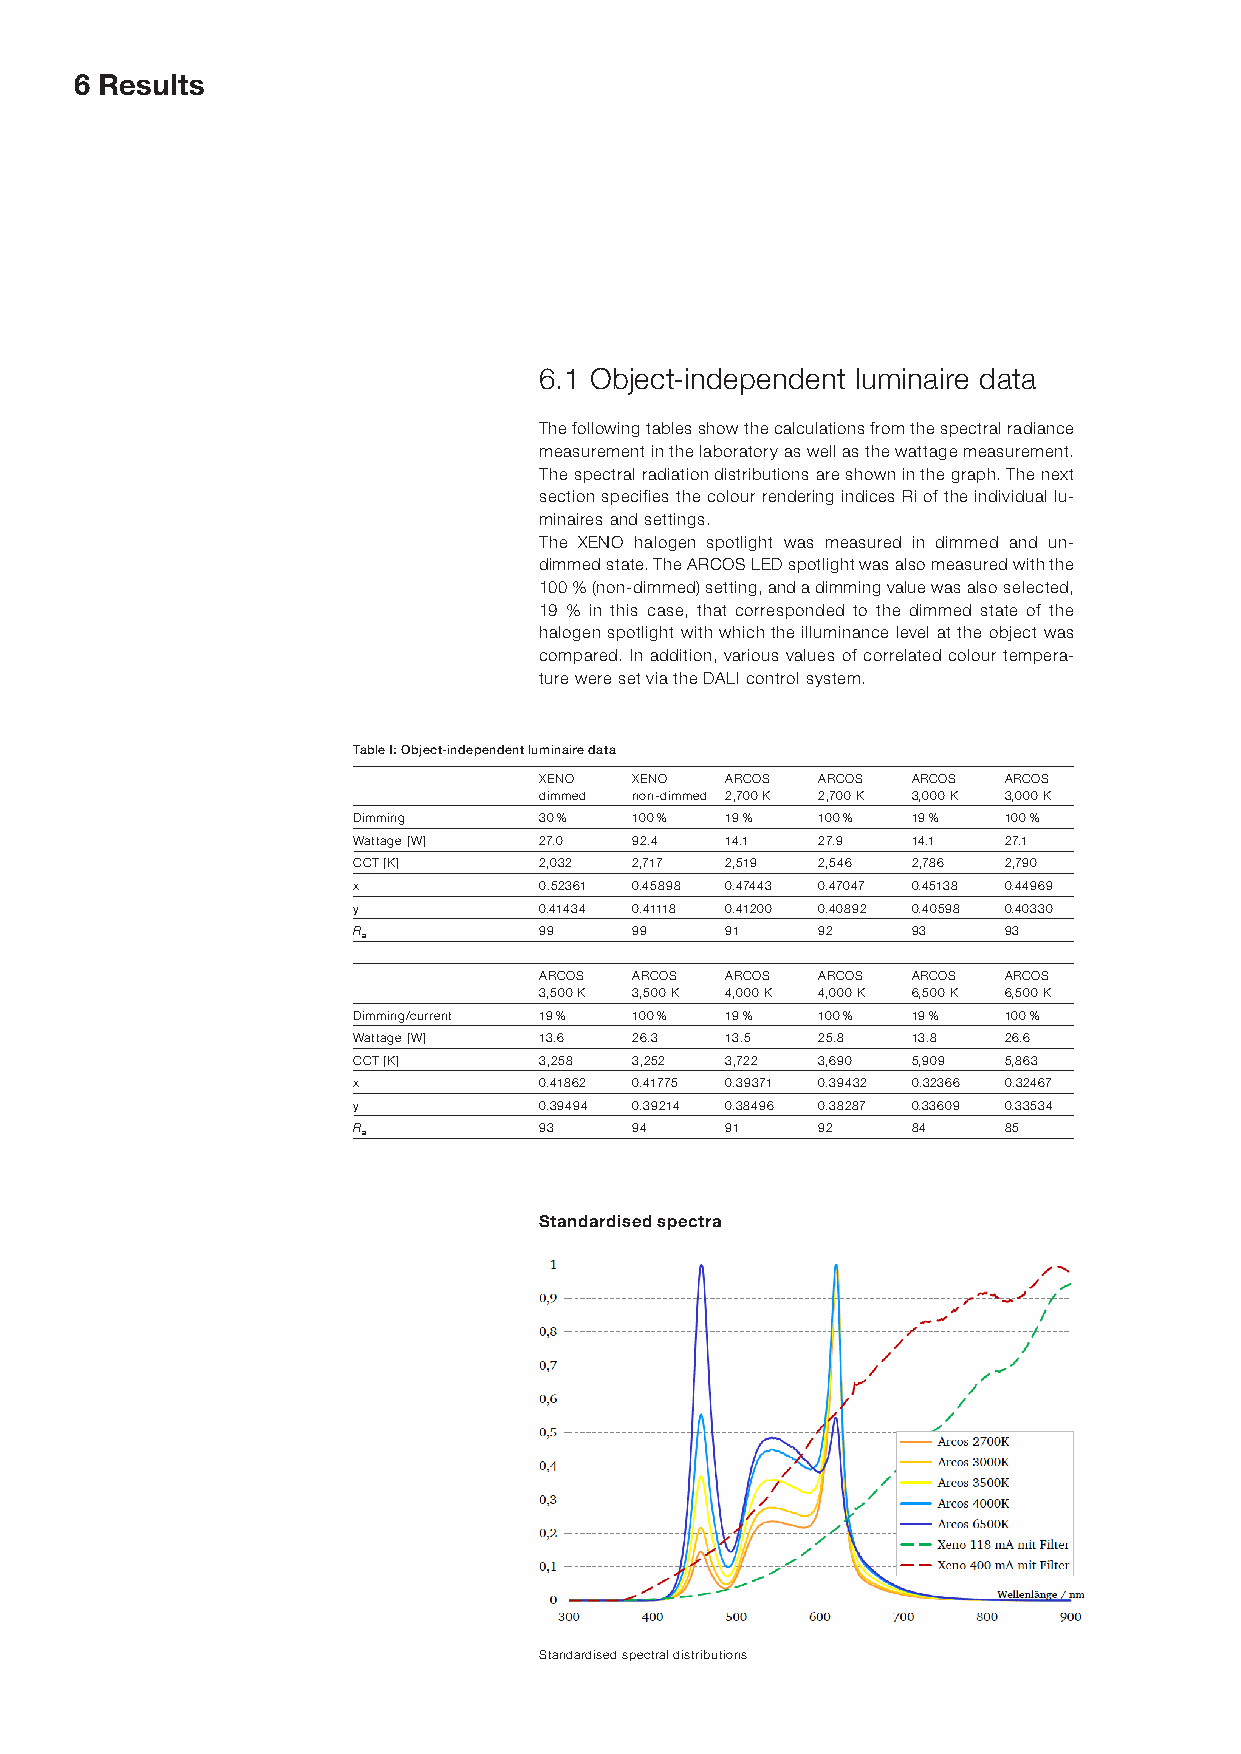
6 Results
 6.1 Object-independent luminaire data
 The following tables show the calculations from the spectral radiance
 measurement in the laboratory as well as the wattage measurement.
 The spectral radiation distributions are shown in the graph. The next
 section specifies the colour rendering indices Ri of the individual lu-
 minaires and settings.
 The XENO halogen spotlight was measured in dimmed and un-
 dimmed state. The ARCOS LED spotlight was also measured with the
 100 % (non-dimmed) setting, and a dimming value was also selected,
 19 % in this case, that corresponded to the dimmed state of the
 halogen spotlight with which the illuminance level at the object was
 compared. In addition, various values of correlated colour tempera-
 ture were set via the DALI control system.
 Table I: Object-independent luminaire data
 XENO  XENO  ARCOS ARCOS ARCOS ARCOS
 dimmed non-dimmed 2,700 K 2,700 K 3,000 K 3,000 K
 Dimming      30 %  100 % 19 %  100 % 19 %  100 %
 Wattage [W]  27.0  92.4  14.1  27.9  14.1  27.1
 CCT [K]      2,032 2,717 2,519 2,546 2,786 2,790
 x            0.52361 0.45898 0.47443 0.47047 0.45138 0.44969
 y            0.41434 0.41118 0.41200 0.40892 0.40598 0.40330
 Ra           99    99    91    92    93    93
 ARCOS ARCOS ARCOS ARCOS ARCOS ARCOS
 3,500 K 3,500 K 4,000 K 4,000 K 6,500 K 6,500 K
 Dimming/current 19 % 100 % 19 % 100 % 19 % 100 %
 Wattage [W]  13.6  26.3  13.5  25.8  13.8  26.6
 CCT [K]      3,258 3,252 3,722 3,690 5,909 5,863
 x            0.41862 0.41775 0.39371 0.39432 0.32366 0.32467
 y            0.39494 0.39214 0.38496 0.38287 0.33609 0.33534
 Ra           93    94    91    92    84    85
 Standardised spectra
 Standardised spectral distributions